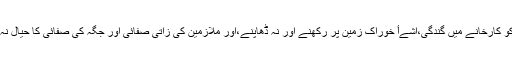
اس کے علاوہ کابل بیکرز اینڈ جنرل سٹور کو کارخانے میں گندگی،اشےأ خوراک زمین پر رکھنے اور نہ ڈھاپنے،اور ملازمین کی زاتی صفائی اور جگہ کی صفائی کا حیال نہ رکھنے کی بنأ پر 6000 جرمانہ عائد کیا۔